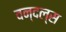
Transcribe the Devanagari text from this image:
वन्दल्स